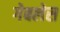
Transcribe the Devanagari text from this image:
गेबलेस